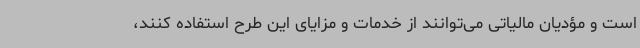
است و مؤدیان مالیاتی می‌توانند از خدمات و مزایای این طرح استفاده کنند،